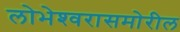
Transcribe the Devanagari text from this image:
लोभेश्‍वरासमोरील